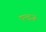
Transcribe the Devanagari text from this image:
एन्ट्ज़